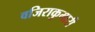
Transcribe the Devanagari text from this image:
वजिराकुमारी